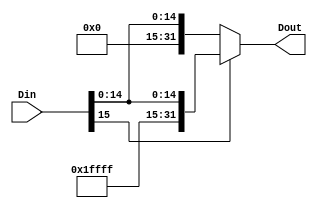
`timescale 1ns / 1ps
//////////////////////////////////////////////////////////////////////////////////
// Company: 
// Engineer: 
// 
// Design Name: 
// Module Name: Sign_Extend
// Project Name: 
// Target Devices: 
// Tool Versions: 
// Description: 
// 
// Dependencies: 
// 
// Revision:
// Revision 0.01 - File Created
// Additional Comments:
// 
//////////////////////////////////////////////////////////////////////////////////


module Sign_Extend(Din,Dout);
    
input [15:0] Din;
output reg[31:0] Dout;




always@(*) begin
    Dout = (Din[15] == 1'b0)? {16'h0000,Din}: {16'hFFFF,Din};//{16{
end

endmodule